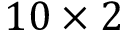
1 0 \times 2